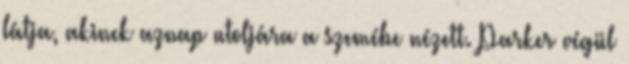
látja, akinek aznap utoljára a szemébe nézett. Parker végül